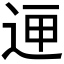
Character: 𲅚